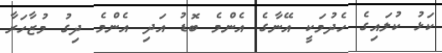
ކަޅު ކުލައިގެ ހެދުމަކީ އޭނާގެ އެންމެ ބޮޑު އަދި އެންމެ ދިގު މުޒާހަރާ